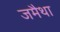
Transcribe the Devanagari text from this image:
जमैथा